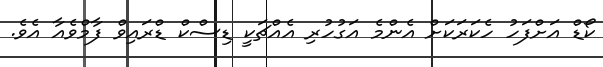
ކޯޑް އަށްފަހު ހެކަރަކަށް އެންމެ އަގުހުރި އެއްޗަކީ ޑިސްކް ޑްރައިވް ފާމްވެއާ އެވެ.